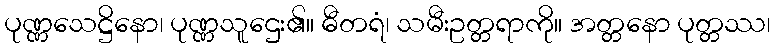
ပုဏ္ဏသေဋ္ဌိနော၊ ပုဏ္ဏသူဌေး၏။ ဓီတရံ၊ သမီးဥတ္တရာကို။ အတ္တနော ပုတ္တဿ၊